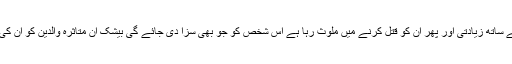
یہ بات ہمیں فراموش نہیں کرنی چاہئے کہ یہی شخص اس سے قبل چھ سات بچیوں کے ساتھ زیادتی اور پھر ان کو قتل کرنے میں ملوث رہا ہے اس شخص کو جو بھی سزا دی جائے گی بیشک ان متاثرہ والدین کو ان کی بچیاں واپس تونہیں ملیں گی لیکن آئندہ کے لیے ہماری بچیاں محفوظ ضرور رہیں گی۔